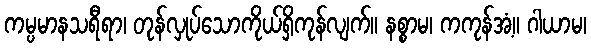
ကမ္ပမာနသရီရာ၊ တုန်လှုပ်သောကိုယ်ရှိကုန်လျက်။ နစ္စာမ၊ ကကုန်အံ့။ ဂါယာမ၊